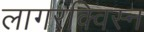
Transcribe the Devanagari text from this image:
लागरक्विस्न